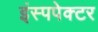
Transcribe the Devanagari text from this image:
इंस्पपेक्टर